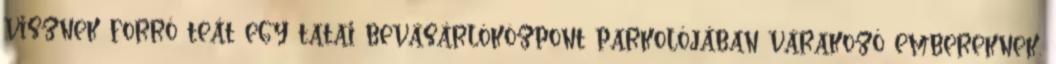
visznek forró teát egy tatai bevásárlóközpont parkolójában várakozó embereknek.